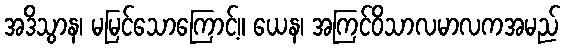
အဒိသွာန၊ မမြင်သောကြောင့်။ ယေန၊ အကြင်ဝိသာလမာလကအမည်